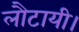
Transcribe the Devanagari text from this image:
लौटायी।